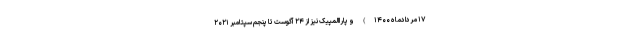
۱۷ مردادماه ۱۴۰۰) و پاراالمپیک نیز از ۲۴ آگوست تا پنجم سپتامبر ۲۰۲۱